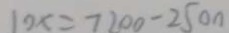
1 0 x = 7 2 0 0 - 2 5 0 0